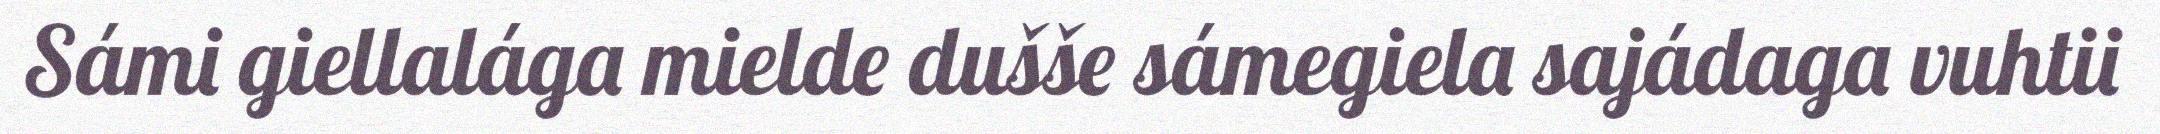
Sámi giellalága mielde dušše sámegiela sajádaga vuhtii